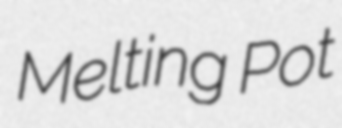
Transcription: Melting Pot